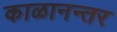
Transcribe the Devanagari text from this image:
काळानन्तर